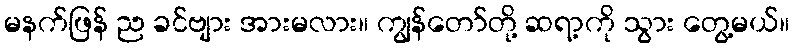
မနက်ဖြန် ည ခင်ဗျား အားမလား။ ကျွန်တော်တို့ ဆရာ့ကို သွား တွေ့မယ်။